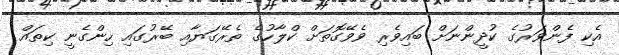
އެކި ފެންވަރުގެ ކުދީންނަށް ބައިވެރި ވެވޭގޮތަށް ކްލާހުގެ ތެރޭގަޔާއި ބޭރުގައި ހިންގެނީ ކިތައް